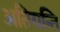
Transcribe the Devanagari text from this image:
अतियन्ति